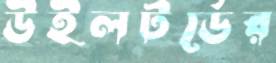
উইলটর্ডের